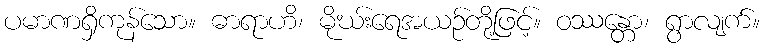
ပမာဏရှိကုန်သော။ ဓာရာဟိ၊ မိုဃ်းရေအယဉ်တို့ဖြင့်။ ဝဿန္တော၊ ရွာလျက်။